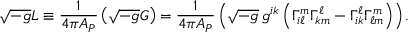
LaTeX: \sqrt { - g } L \equiv { \frac { 1 } { 4 \pi { \cal A } _ { P } } } \left( \sqrt { - g } { \cal G } \right) = { \frac { 1 } { 4 \pi { \cal A } _ { P } } } \left( \sqrt { - g } \, g ^ { i k } \left( \Gamma _ { i \ell } ^ { m } \Gamma _ { k m } ^ { \ell } - \Gamma _ { i k } ^ { \ell } \Gamma _ { \ell m } ^ { m } \right) \right) .